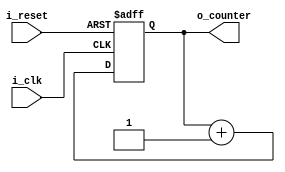
`timescale 1ns / 1ps
//////////////////////////////////////////////////////////////////////////////////
// Company: 
// Engineer: 
// 
// Design Name: 
// Module Name: counter_fnd
// Project Name: 
// Target Devices: 
// Tool Versions: 
// Description: 
// 
// Dependencies: 
// 
// Revision:
// Revision 0.01 - File Created
// Additional Comments:
// 
//////////////////////////////////////////////////////////////////////////////////


module counter_fnd(
        input i_clk,
        input i_reset,
        output[1:0] o_counter
    );

    reg [1:0] r_counter;
    assign o_counter = r_counter;

    always @(posedge i_clk or posedge i_reset) begin
        if(i_reset)begin
            r_counter <= 0;
        end
        else begin
            r_counter <= r_counter + 1;
        end
        
    end
endmodule